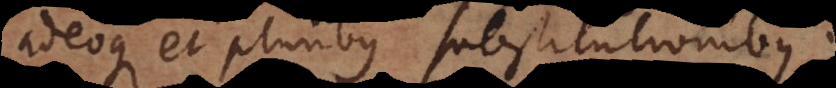
adeoque et pluribus substitutionibus.